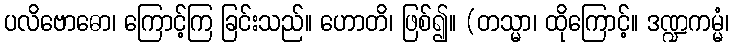
ပလိဗောဓော၊ ကြောင့်ကြ ခြင်းသည်။ ဟောတိ၊ ဖြစ်၍။ (တသ္မာ၊ ထိုကြောင့်။ ဒဏ္ဍကမ္မံ၊